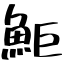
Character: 鮔